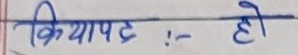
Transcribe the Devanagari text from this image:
क्रियापट :- हो